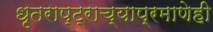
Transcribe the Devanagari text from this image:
धृतराष्ट्राच्याप्रमाणेही